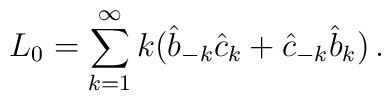
L_{0}=\sum_{k=1}^{\infty }k(\hat{b}_{-k}\hat{c}_{k}+\hat{c}_{-k}\hat{b}_{k})\,.